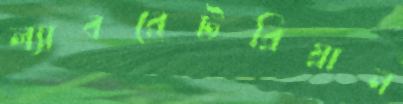
ল্যাবরেটরিয়ান